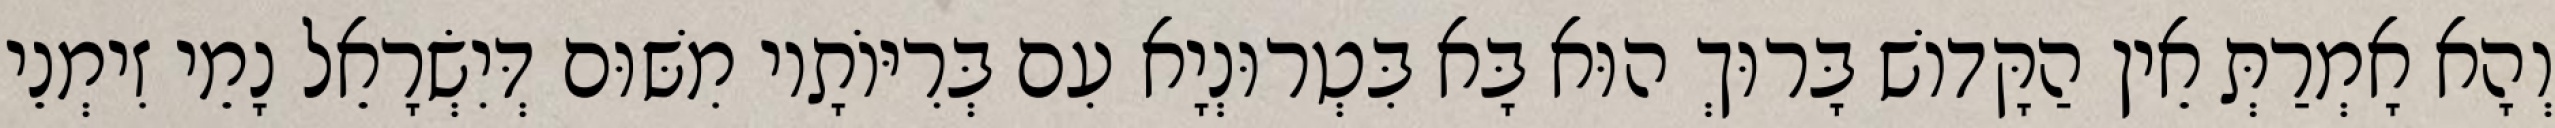
וְהָא אָמְרַתְּ אֵין הַקָּדוֹשׁ בָּרוּךְ הוּא בָּא בִּטְרוּנְיָא עִם בְּרִיּוֹתָיו מִשּׁוּם דְּיִשְׂרָאֵל נָמֵי זִימְנֵי